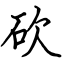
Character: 砍